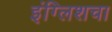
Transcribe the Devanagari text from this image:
इंग्लिशचा